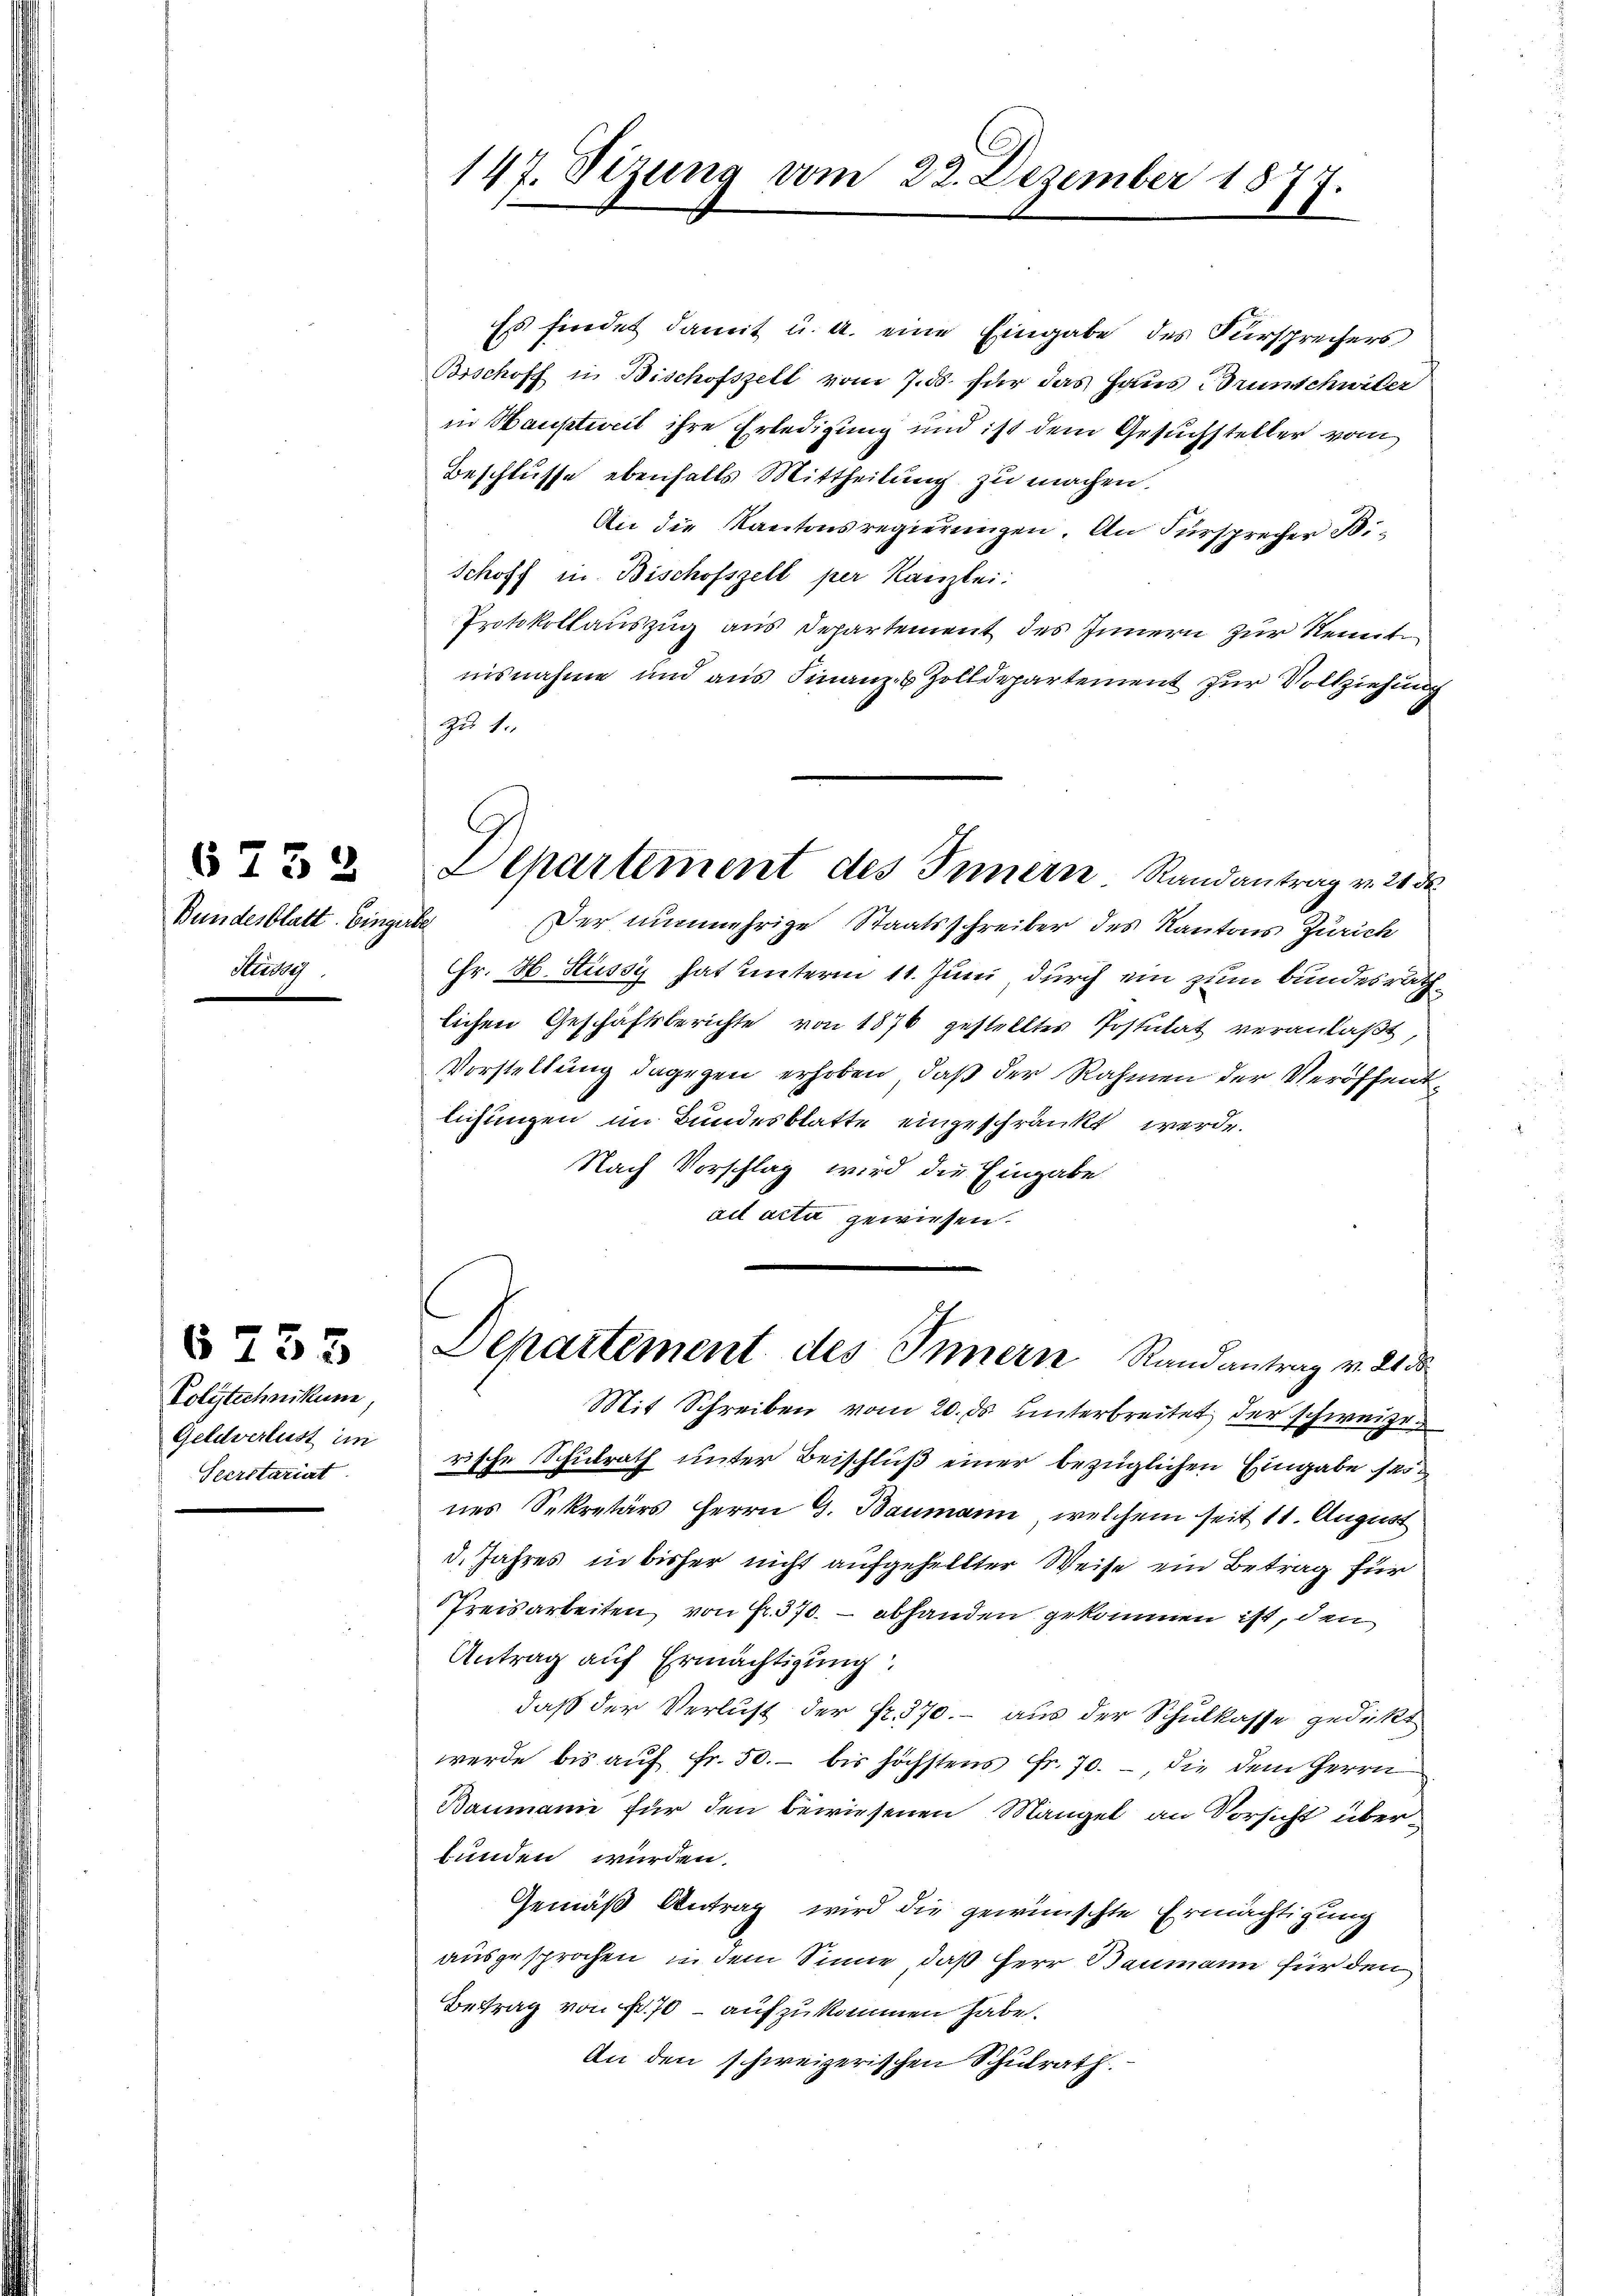
Bundesblatt. Einger
Stibes

6732

Polytechnikum,
Geldverlust im
Seerstariat

6755

147. Sizung vom 22. Dezember 1877.

Es findet damit u. a. eine Eingabe des Fürsprechers
Bischoff in Bischofszell vom 7. ds. für das Haus Brunschwiler
in Hauptweil ihre Erledigung und ist dem Gesuchsteller vom
Beschlusse ebenfalls Mittheilung zu machen.
An die Kantonsregierungen. An Fürsprecher Bi¬
Schoff in Bischofszell per Kanzlei:
Protokollauszug aus Departement des Innern zur Kennt
nisnahme und aus Finanz- & Zolldepartement zur Vollziehung
zu 1.
Departement des Innern Randantrag v. 21 de
E
Der nunmehrige Staatsschreiber des Kantons Zürich
Chr. H. Hüssy hat unterm 11. Juni durch ein zum Bundesrath
lichen Geschäftsberichte von 1876 gestelltes Postulat veranlaßt,
Vorstellung dagegen erhoben, daß der Rahmen der Veröffent
lichungen im Bundesblatte eingeschränkt werde.
Nach Vorschlag wird die Eingabe
ail acta gewiesen.

Departement des Innern Randantrag v. 21 d
Mit Schreiben vom 20. ds. unterbreitet der schweizer

rische Schulrath unter Beischluß einer bezüglichen Eingabe ses
nes Sekretärs Herrn G. Baumann, welchem seit 11. August
d. Jahres in bisher nicht aufgehellter Weise ein Betrag für
Preisarbeiten von Fr. 370. – abhanden gekommen ist, den
Antrag auf Ermächtigung
daß der Verlust der Fr. 370. - aus der Schulkasse gedickt
werde bis aŭf fr. 50. bis höchstens Fr. 70. , die dem Herrn
Baumann für den bewiesenen Mangel an Vorsicht überfunden würden.
Gemäß Antrag wird die gewünschte Ermächtigung
ausgesprochen, in dem Sinne, daß Herr Baumann für den
Betrag von Fr. 70 – aufzukommen habe.
An den schweizerischen Schulrath